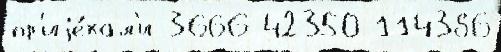
пр'иjе́хал'и 3666 42350 114386